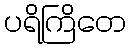
ပရိကြိတေ